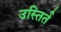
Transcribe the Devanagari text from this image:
उस्तिर्त